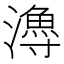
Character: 𤀯